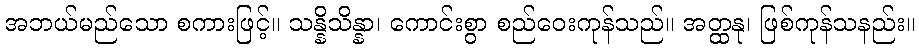
အဘယ်မည်သော စကားဖြင့်။ သန္နိသိန္နာ၊ ကောင်းစွာ စည်ဝေးကုန်သည်။ အတ္ထနု၊ ဖြစ်ကုန်သနည်း။